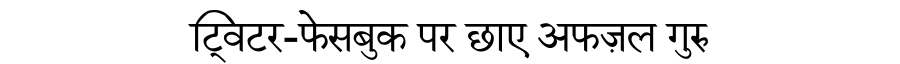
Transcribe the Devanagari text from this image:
ट्विटर-फेसबुक पर छाए अफज़ल गुरु